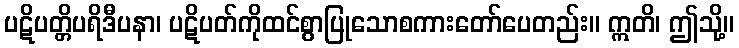
ပဋိပတ္တိပရိဒီပနာ၊ ပဋိပတ်ကိုထင်စွာပြုသောစကားတော်ပေတည်း။ ဣတိ၊ ဤသို့။